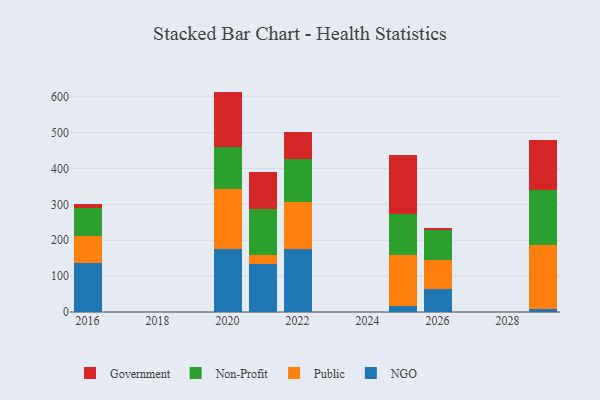
{"axis": {"x": "Year", "y": "Temperature (°C)"}, "legend": ["Government", "NGO", "Non-Profit", "Public"], "data": [{"x": "2016", "y": 135.5, "type": "NGO"}, {"x": "2016", "y": 75.7, "type": "Public"}, {"x": "2016", "y": 77.4, "type": "Non-Profit"}, {"x": "2016", "y": 13.3, "type": "Government"}, {"x": "2021", "y": 133.1, "type": "NGO"}, {"x": "2021", "y": 24.5, "type": "Public"}, {"x": "2021", "y": 129.0, "type": "Non-Profit"}, {"x": "2021", "y": 102.5, "type": "Government"}, {"x": "2029", "y": 9.7, "type": "NGO"}, {"x": "2029", "y": 178.1, "type": "Public"}, {"x": "2029", "y": 152.8, "type": "Non-Profit"}, {"x": "2029", "y": 137.7, "type": "Government"}, {"x": "2025", "y": 15.5, "type": "NGO"}, {"x": "2025", "y": 143.9, "type": "Public"}, {"x": "2025", "y": 113.4, "type": "Non-Profit"}, {"x": "2025", "y": 164.0, "type": "Government"}, {"x": "2026", "y": 64.7, "type": "NGO"}, {"x": "2026", "y": 81.0, "type": "Public"}, {"x": "2026", "y": 81.7, "type": "Non-Profit"}, {"x": "2026", "y": 7.4, "type": "Government"}, {"x": "2022", "y": 175.9, "type": "NGO"}, {"x": "2022", "y": 130.3, "type": "Public"}, {"x": "2022", "y": 120.1, "type": "Non-Profit"}, {"x": "2022", "y": 76.0, "type": "Government"}, {"x": "2020", "y": 175.5, "type": "NGO"}, {"x": "2020", "y": 167.1, "type": "Public"}, {"x": "2020", "y": 116.9, "type": "Non-Profit"}, {"x": "2020", "y": 154.8, "type": "Government"}]}